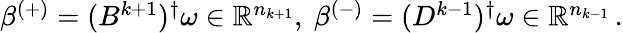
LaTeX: \begin{array}{r}{\beta^{(+)}=(B^{k+1})^{\dagger}\omega\in\mathbb{R}^{n_{k+1}},\ \beta^{(-)}=(D^{k-1})^{\dagger}\omega\in\mathbb{R}^{n_{k-1}}\, .}\end{array}